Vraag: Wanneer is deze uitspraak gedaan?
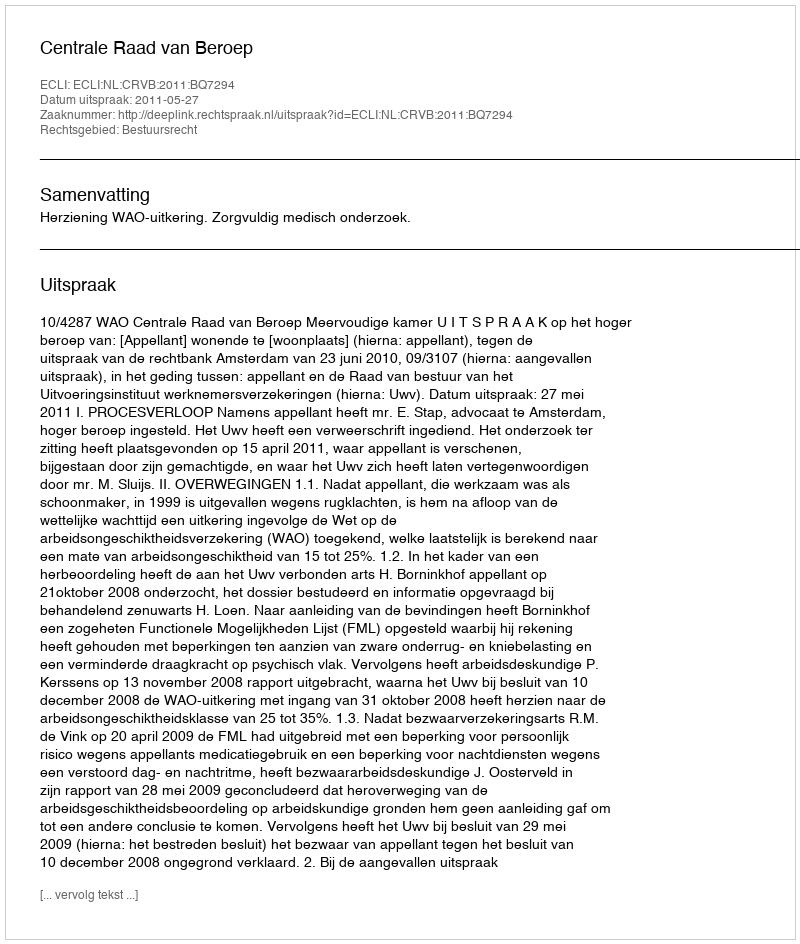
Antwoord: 2011-05-27